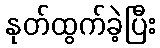
နုတ်ထွက်ခဲ့ပြီး